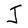
Character: J